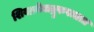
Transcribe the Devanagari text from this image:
शिवक्रोधाद्गुरुस्त्राता